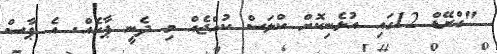
"ގްރޭޑް 12ގައި އުޅެނިކޮށް ކްލަސް ކުއްޖެއް މި ދެނީ ޕާހެއް. އެ ޕާސް